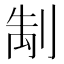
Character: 𭃭